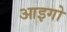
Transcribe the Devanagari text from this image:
आइगो